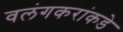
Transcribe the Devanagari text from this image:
वलंगकरांकडे